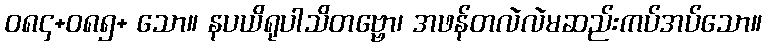
ဝ၈၄+၀၈၅+ သော။ နပယိရုပါသိတဗ္ဗော၊ အဖန်တလဲလဲမဆည်းကပ်အပ်သော။